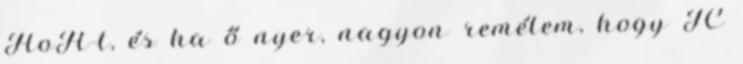
HoH-t, és ha ő nyer, nagyon remélem, hogy JC